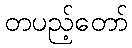
တပည့်တော်